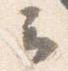
云